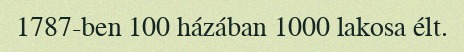
1787-ben 100 házában 1000 lakosa élt.